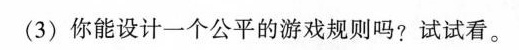
(3)你能设计一个公平的游戏规则吗?试试看。